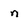
Character: n